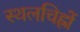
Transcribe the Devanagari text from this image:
स्थलचिह्रों